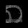
Digit: ၈